Memorandum on the prevention of leprosy by segregation of the affected
Disease focus: Leprosy
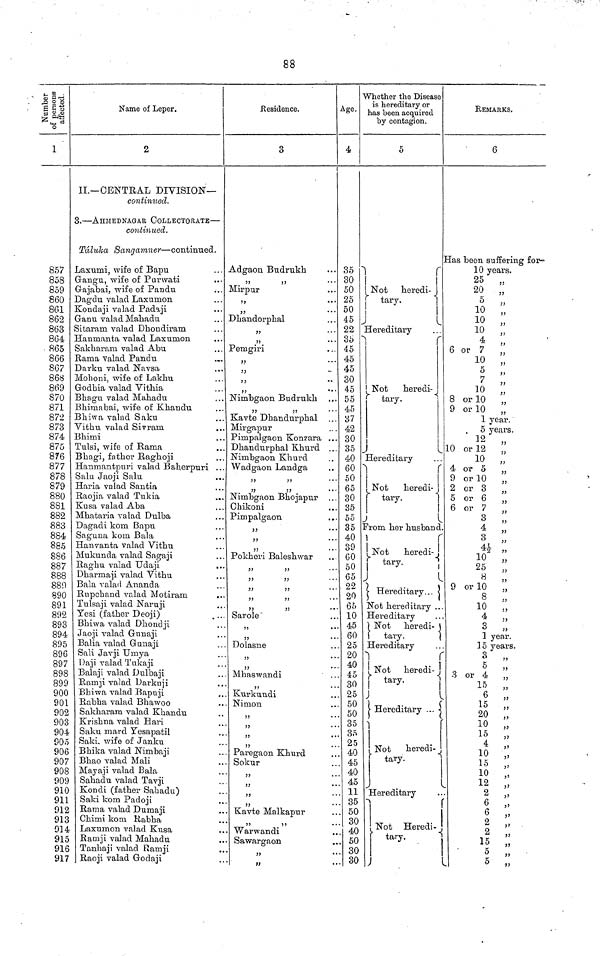
88
Number of persons affected.
1
857
858
859
860
861
862
863
864
865
866
867
868
869
870
871
872
873
874
875
876
877
878
879
880
881
882
883
884
885
886
887
888
889
890
891
892
893
894
895
896
897
898
899
900
901
902
903
904
905
906
907
908
909
910
911
912
913
914
915
916
917
Name of Leper.
2
11.—CENTRAL DIVISION—
continued.
3.—AHMEDNAGAR COLLECTORATE—
continued.
Táluka Sangamner—continued.
Laxumi, wife of Bapu
Gangu, wife of Parwati
Gajabai, wife of Pandu
Dagdu valad Laxumon
Kondaji valad Padaji
Ganu valad Mahadu
Sitararm valad Dhondiram
Hanmanta valad Laxumon
Sakharara valad Abu
Rama valad Pandu
Darku valad Navsa
Mohoni, wife of Lakhu
Godhia valad Vithia
3hagu valad Mahadu
3himabai, wife of Khandu
Bhiwa valad Saku
Vithu valad Sivram
Bhimi
Tulsi, wife of Rama
Bhagi, father Raghoji
Hanmantpuri valad Baherpuri ...
Salu Jaoji Salu
Haria valad Santia
Raojia valad Tukia
Kusa valad Aba
Mhataria valad Dulba
Dagadi kom Bapu
Saguna kom Bala
Hanvanta valad Vithu
Mukunda valad Sagaji
Raghu valad Udaji
Dharmaji valad Vithu
Bala valad Ananda
Rupchand valad Motiram
Tulsaji valad Naruji
Yesi (father Deoji)
Bhiwa valad Dliondji
Jaoji valad Gunaji
Balia valad Gunaji
Sali Javji Umya
Daji valad Tukaji
Balaji valad Dulbaji
Rarnji valad Darkuji
Bhiwa valad Bapuji
Rabha valad Bhawoo
Sakharam valad Khandu
Krishna valad Hari
Saku mard Yesapatil
Saki, wife of Janku
Bhika valad Nimbaji
Bhao valad Mali
Mayaji valad Bala
Sahadu valad Tavji
Kondi (father Sahadu)
Saki kom Padoji
Rama valad Dumaji
Chimi kom Rabha
Laxumon valad Kusa
Ramji valad Mahadu
Tanhaji valad Ramji
Raoji valad Godaji
Residence,
3
Adgaon Budrukh
,, ,,
Mirpur
);
•••
,,
Dhandorphal
,,
,,
Pemgiri
,,
,,
,,
,,
Nimbgaon Budrukh
33
,,
Kavte Dhandurphal
Mirgapur
Pimpalgaon Konzara ...
Dhandurphal Khurd
Nimbgaon Khurd
Wadgaon Landga
,, ,,
,, ,,
Nimbgaon Bhojapur ...
Chikoni
Pimpalgaon
,,
Pokheri Baleshwar
,, ,,
,, ,,
,, ,,
,, ,,
Sarole
,,
33
• •
Dolasne
33
* *
Mhaswandi
55
• •
Kurkuudi
Nimon
,,
,,
• •
Paregaon Khurd
Sokur
3 3
• *
33
•"
,,
Kavte Malkapur
,, ,,
Warwandi
Sawargaon
,,
Age.
4
35
30
50
25
50
45
22
35
45
45
45
30
45
55
45
37
42
30
35
40
60
50
65
30
35
55
35
40
39
60
50
65
22
20
65
10
45
60
25
20
40
45
30
25
50
50
35
35
25
40
45
40
45
11
35
50
30
. 40
. 50
. 30
30
Whether the Disease
is hereditaiy or
has been acquired
by contagion.
5
Not heredi-
tary.
Hereditary
Not heredi-
tary.
Hereditary
Not heredi-
tary.
from her husband
Not
heredi-
tary.
Hereditary...
Not hereditary ..
Hereditaiy
Not heredi-
tary.
Hereditary
Not heredi-
tary.
Hereditary
Not heredi-
tary.
Hereditary
Not Heredi-
tary.
REMARKS.
6
'as been suffering for-
10 years.
25 „
20 „
5 „
10 „
10 „
4
„
6 or 7
10 „
5 „
7 „
10 ,,
8 or 10 „
9 or 10
1 year.
5 years.
12 „
10 or 12 .,
10 ,,
4 or 5 „
9 or 10 „
2 or 3 „
5 or 6
6 or 7
3
„
4
„
3 „
41/2 ,,
2
,,
10 „
25 „
8
,,
9 or 10 ,,
8 „
10 „
4 „
3 „
1 year.
15 years.
3 „
5 „
3 or 4 „
15 „
6 „
15
20 ,,
10
,
15
„
4
,
10 ,,
15
10 „
12
„
2
6
„
6 „
2 „
2 ,,
15 „
5
„
5 „